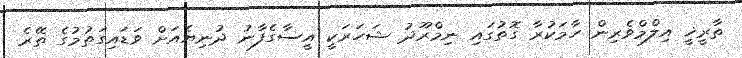
ތާރީޚީ އިލްމްވެރިން ހާމަކުރާ ގޮތުގައި ނިމްރޫދު ޝަހަރަކީ އީސާގެފާނު ދުނިޔެއަށް ވަޑައިގަތުމުގެ ތޭރެ